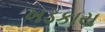
ખડકાય